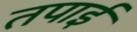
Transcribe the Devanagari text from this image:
तपाई